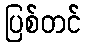
ပြစ်တင်